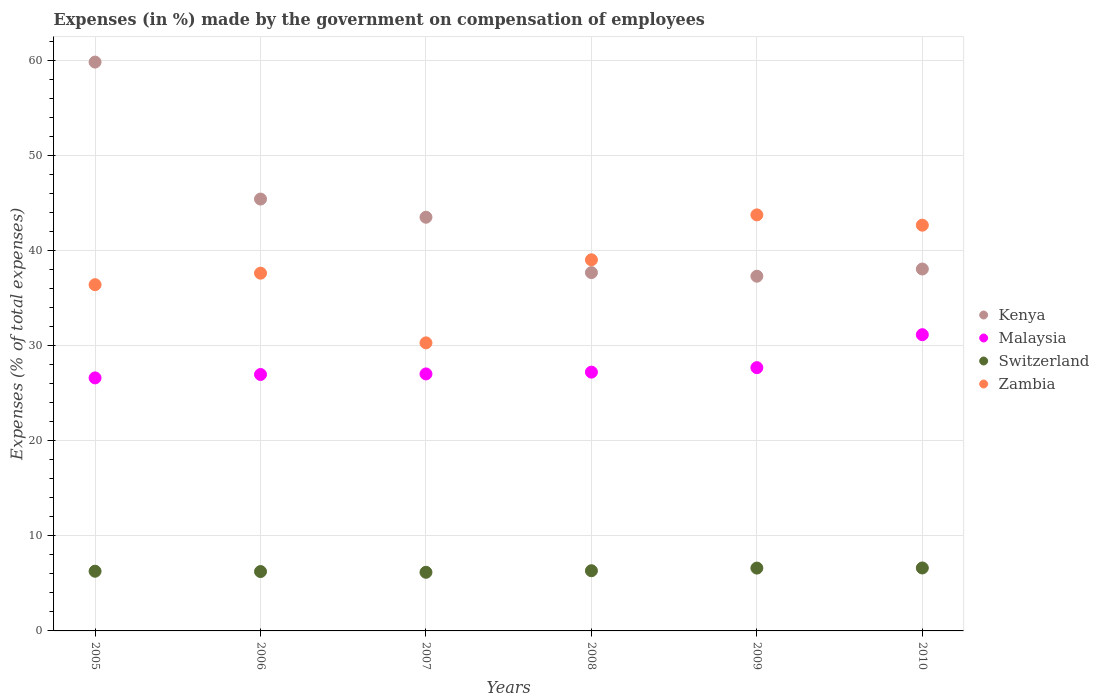
| Years | Kenya | Malaysia | Switzerland | Zambia |
 | --- | --- | --- | --- | --- |
 | 2005 | 59.8 | 26.6 | 6.28 | 36.4 |
 | 2006 | 45.4 | 27 | 6.24 | 37.6 |
 | 2007 | 43.5 | 27 | 6.17 | 30.3 |
 | 2008 | 37.7 | 27.2 | 6.33 | 39 |
 | 2009 | 37.3 | 27.7 | 6.61 | 43.8 |
 | 2010 | 38.1 | 31.2 | 6.62 | 42.7 |